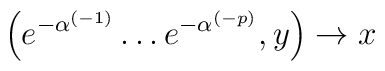
\left( e^{-\alpha^{(-1)}} \ldots e^{-\alpha^{(-p)}}, y \right)\rightarrow x